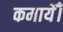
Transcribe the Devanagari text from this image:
कमायेँ।